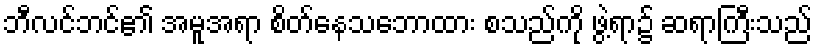
ဘီလင်ဘင်၏ အမူအရာ စိတ်နေသဘောထား စသည်ကို ဖွဲ့ရာ၌ ဆရာကြီးသည်